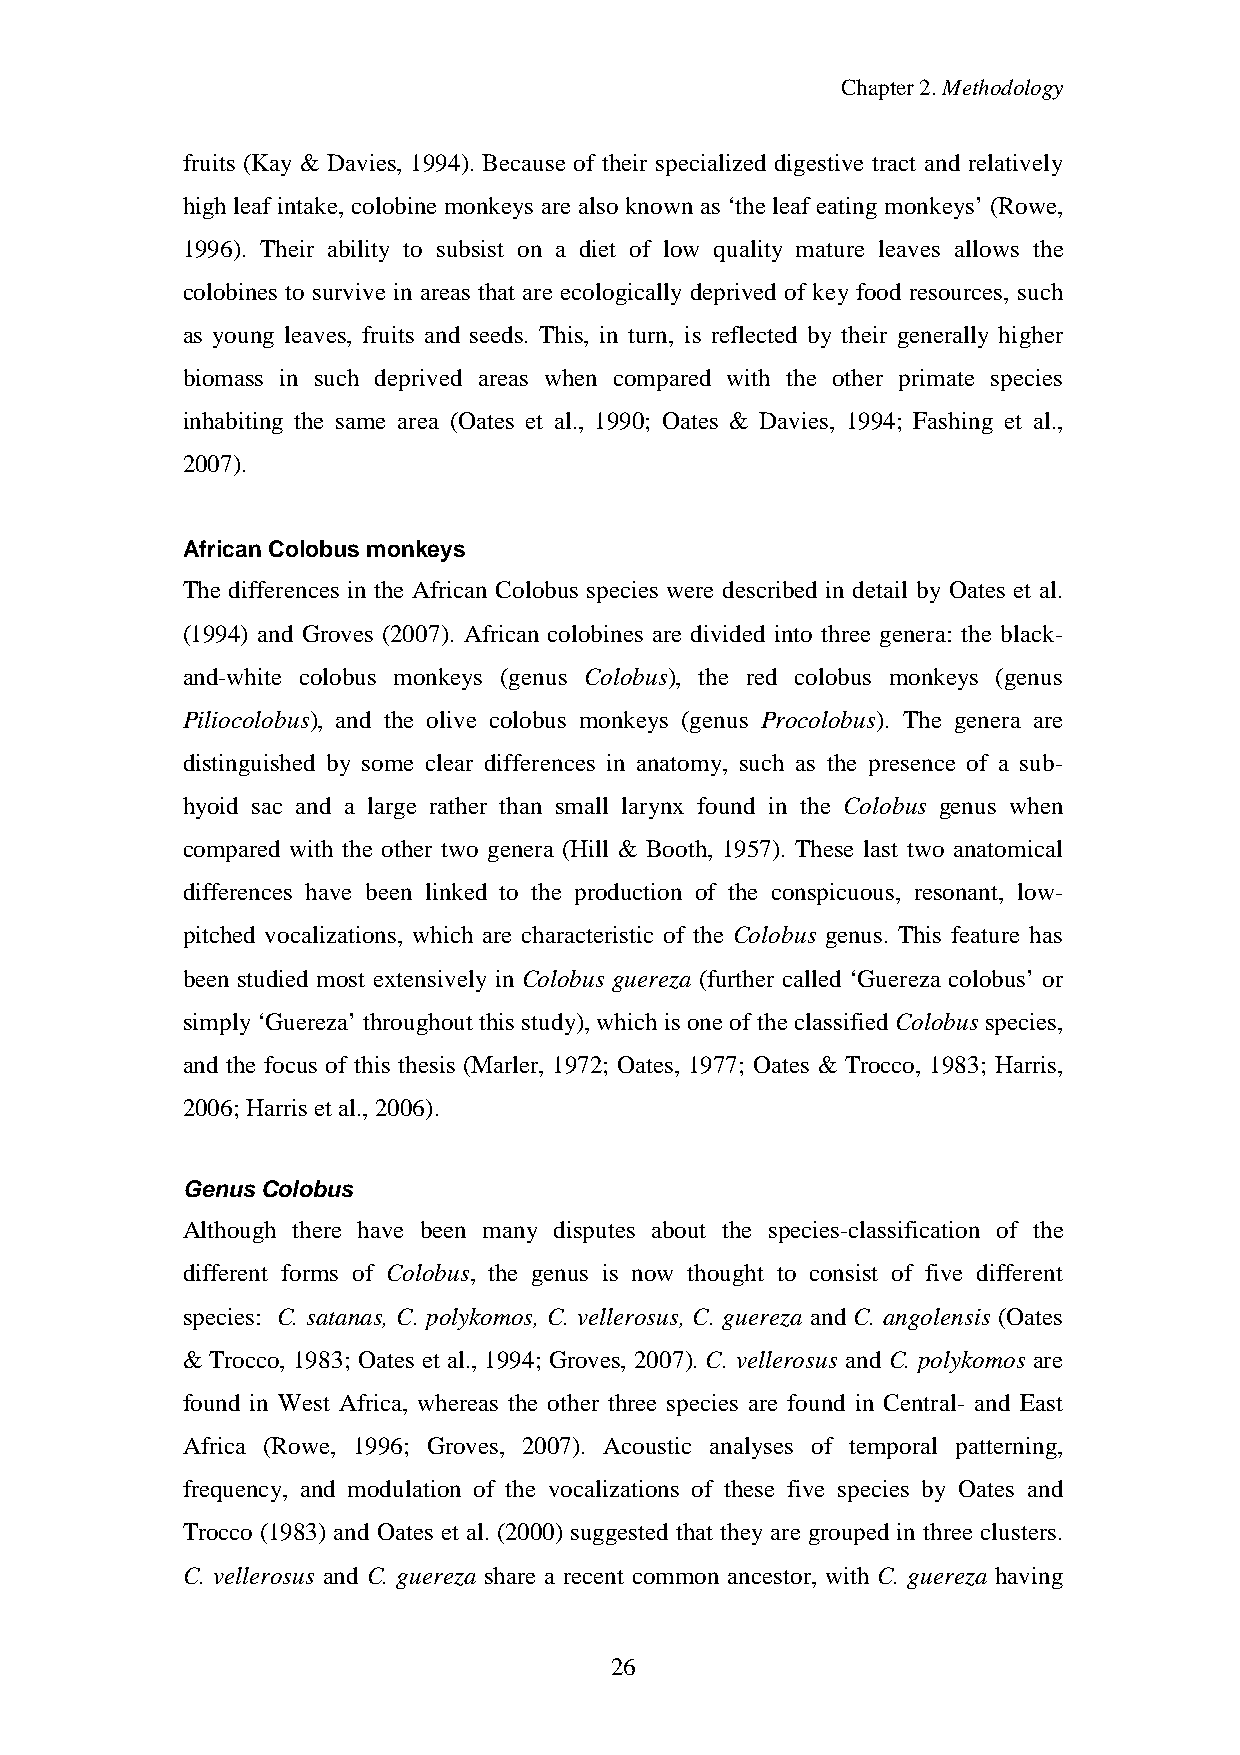
Chapter2.Methodology
 fruits (Kay & Davies, 1994). Because of their specialized digestive tract and relatively
 high leaf intake, colobine monkeys are also known as ‘the leaf eatingmonkeys’ (Rowe,
 1996). Their ability to subsist on a diet of low quality mature leaves allows the
 colobines to survive in areas that are ecologically deprived of key food resources, such
 as young leaves, fruits and seeds. This, in turn, is reflected by their generally higher
 biomass in such deprived areas when compared with the other primate species
 inhabiting the same area (Oates et al., 1990; Oates & Davies, 1994; Fashing et al.,
 2007).
 African Colobus monkeys
 The differences in the African Colobus species were described in detail by Oates et al.
 (1994) and Groves (2007). African colobines are divided into three genera: the black-
 and-white colobus monkeys (genus Colobus), the red colobus monkeys (genus
 Piliocolobus), and the olive colobus monkeys (genus Procolobus). The genera are
 distinguished by some clear differences in anatomy, such as the presence of a sub-
 hyoid sac and a large rather than small larynx found in the Colobus genus when
 compared with the other two genera (Hill & Booth, 1957). These last two anatomical
 differences have been linked to the production of the conspicuous, resonant, low-
 pitched vocalizations, which are characteristic of the Colobus genus. This feature has
 been studied most extensively in Colobus guereza (further called ‘Guereza colobus’ or
 simply‘Guereza’ throughout this study),whichis oneof theclassified Colobus species,
 and the focus of this thesis (Marler, 1972; Oates, 1977; Oates & Trocco, 1983; Harris,
 2006; Harris et al.,2006).
 Genus Colobus
 Although there have been many disputes about the species-classification of the
 different forms of Colobus, the genus is now thought to consist of five different
 species: C. satanas, C. polykomos, C. vellerosus, C. guereza and C. angolensis (Oates
 & Trocco, 1983; Oates et al., 1994; Groves, 2007). C. vellerosus and C. polykomos are
 found in West Africa, whereas the other three species are found in Central- and East
 Africa (Rowe, 1996; Groves, 2007). Acoustic analyses of temporal patterning,
 frequency, and modulation of the vocalizations of these five species by Oates and
 Trocco (1983) and Oates et al. (2000) suggested that they are grouped in three clusters.
 C. vellerosus and C. guereza share a recent common ancestor, with C. guereza having
 26